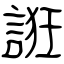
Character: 誑